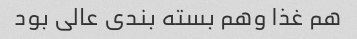
هم غذا وهم بسته بندی عالی بود